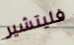
فليتشير